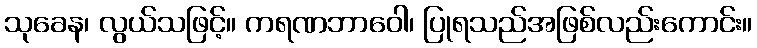
သုခေန၊ လွယ်သဖြင့်။ ကရဏဘာဝေါ၊ ပြုရသည်အဖြစ်လည်းကောင်း။